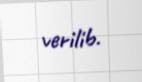
verilib.